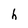
Character: h